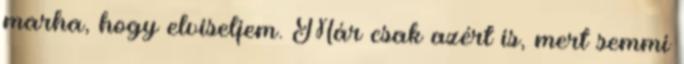
marha, hogy elviseljem. Már csak azért is, mert semmi